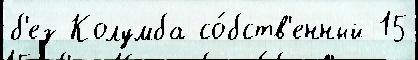
б'ез Колумба со́бств'енный 15